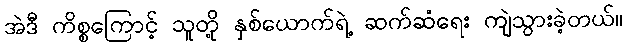
အဲဒီ ကိစ္စကြောင့် သူတို့ နှစ်ယောက်ရဲ့ ဆက်ဆံရေး ကျဲသွားခဲ့တယ်။